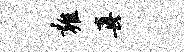
雍真